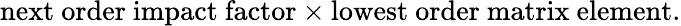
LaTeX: \mathrm{next~order~impact~factor}\times\mathrm{lowest~order~matrix~element}.